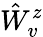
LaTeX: \hat{W}_{v}^{z}